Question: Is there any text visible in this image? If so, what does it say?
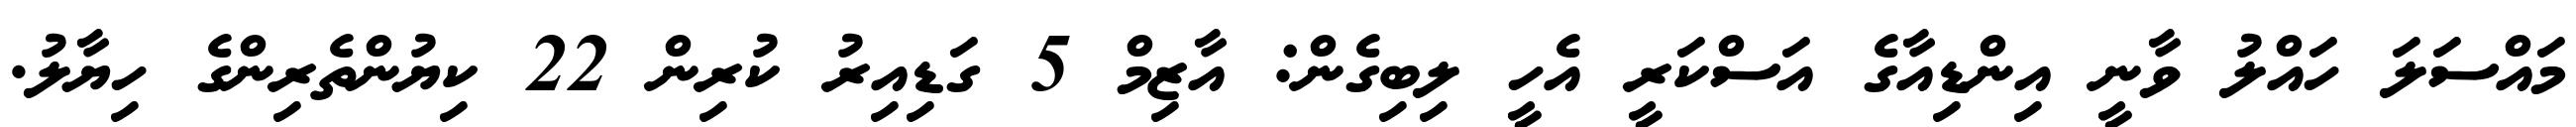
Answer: މައްސަލަ ހައްލު ވާނީ އިންޑިއާގެ އަސްކަރީ އެހީ ލިބިގެން: އާޒިމް 5 ގަޑިއިރު ކުރިން 22 ކިޔުންތެރިންގެ ހިޔާލު.